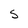
Character: s